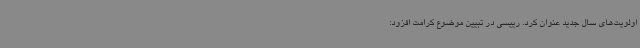
اولویت‌های سال جدید عنوان کرد. رییسی در تبیین موضوع کرامت افزود: